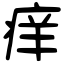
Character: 痒